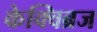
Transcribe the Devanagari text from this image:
केक्विब्रज